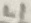
Text: L1